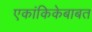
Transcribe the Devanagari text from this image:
एकांकिकेबाबत